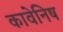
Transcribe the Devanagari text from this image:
कावेनिष